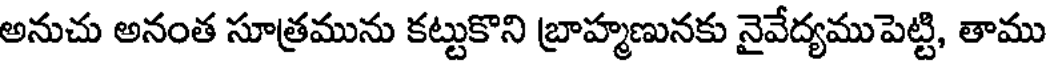
అనుచు అనంత సూత్రమును కట్టుకొని బ్రాహ్మణునకు నైవేద్యముపెట్టి, తాము